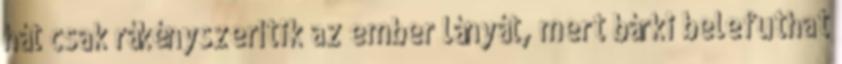
hát csak rákényszerítik az ember lányát, mert bárki belefuthat